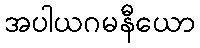
အပါယဂမနီယော